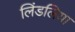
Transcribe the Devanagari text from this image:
लिंडलिया